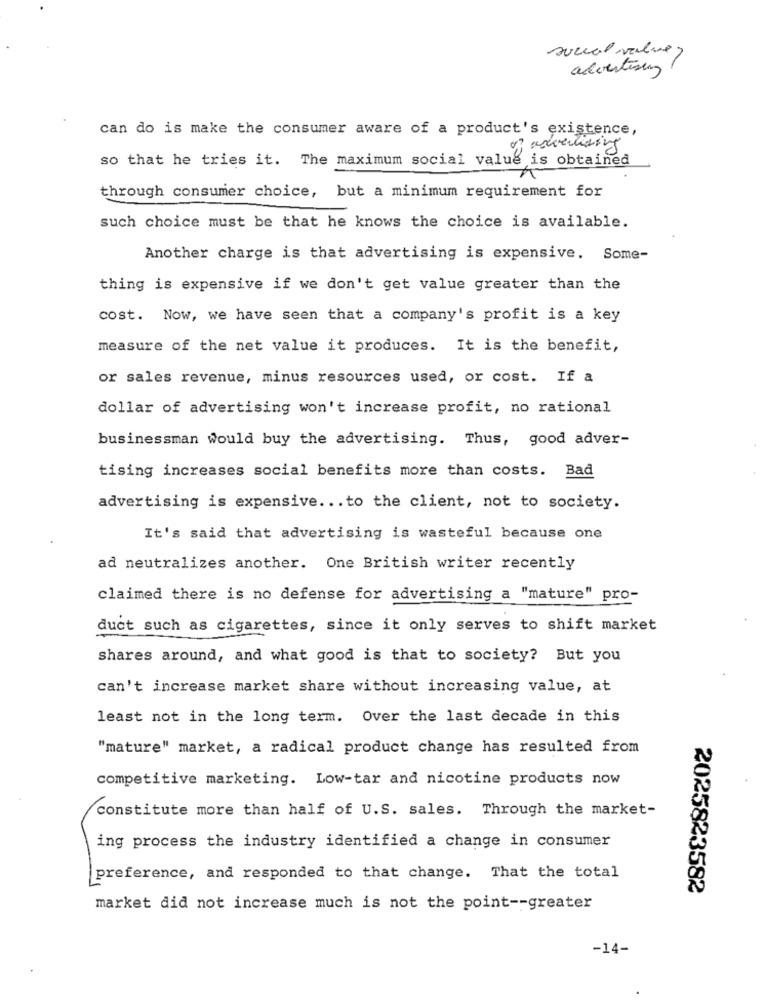
social value>
advertising
can do is make the consumer aware of a product's existence,
so that he tries it. The maximum social value is obtained
through consumer choice, but a minimum requirement for
such choice must be that he knows the choice is available.
Another charge is that advertising is expensive. Some-
thing is expensive if we don't get value greater than the
cost. Now, we have seen that a company's profit is a key
measure of the net value it produces. It is the benefit,
or sales revenue, minus resources used, or cost. If a
dollar of advertising won't increase profit, no rational
businessman would buy the advertising. Thus, good adver-
tising increases social benefits more than costs. Bad
advertising is expensive ... to the client, not to society.
It's said that advertising is wasteful because one
ad neutralizes another. One British writer recently
claimed there is no defense for advertising a "mature" pro-
duct such as cigarettes, since it only serves to shift market
shares around, and what good is that to society? But you
can't increase market share without increasing value, at
least not in the long term. Over the last decade in this
"mature" market, a radical product change has resulted from
competitive marketing. Low-tar and nicotine products now
constitute more than half of U.S. sales. Through the market-
ing process the industry identified a change in consumer
preference, and responded to that change. That the total
2025823582
market did not increase much is not the point -- greater
-14-